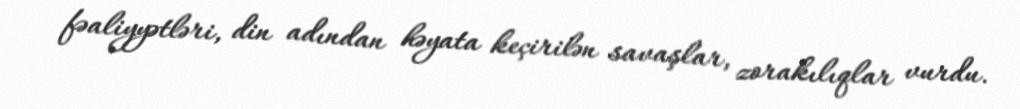
fəaliyyətləri, din adından həyata keçirilən savaşlar, zorakılıqlar vurdu.